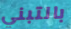
بالتبني